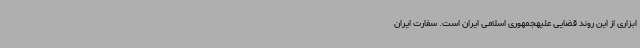
ابزاری از این روند قضایی علیهجمهوری اسلامی ایران است. سفارت ایران